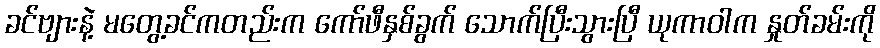
ခင်ဗျားနဲ့ မတွေ့ခင်ကတည်းက ကော်ဖီနှစ်ခွက် သောက်ပြီးသွားပြီ ယုကာဝါက နှုတ်ခမ်းကို